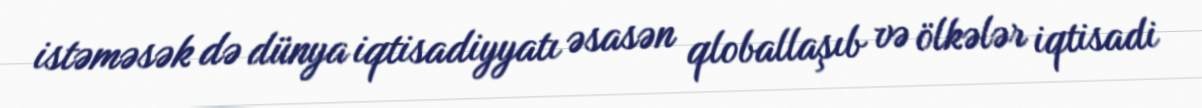
istəməsək də dünya iqtisadiyyatı əsasən qloballaşıb və ölkələr iqtisadi